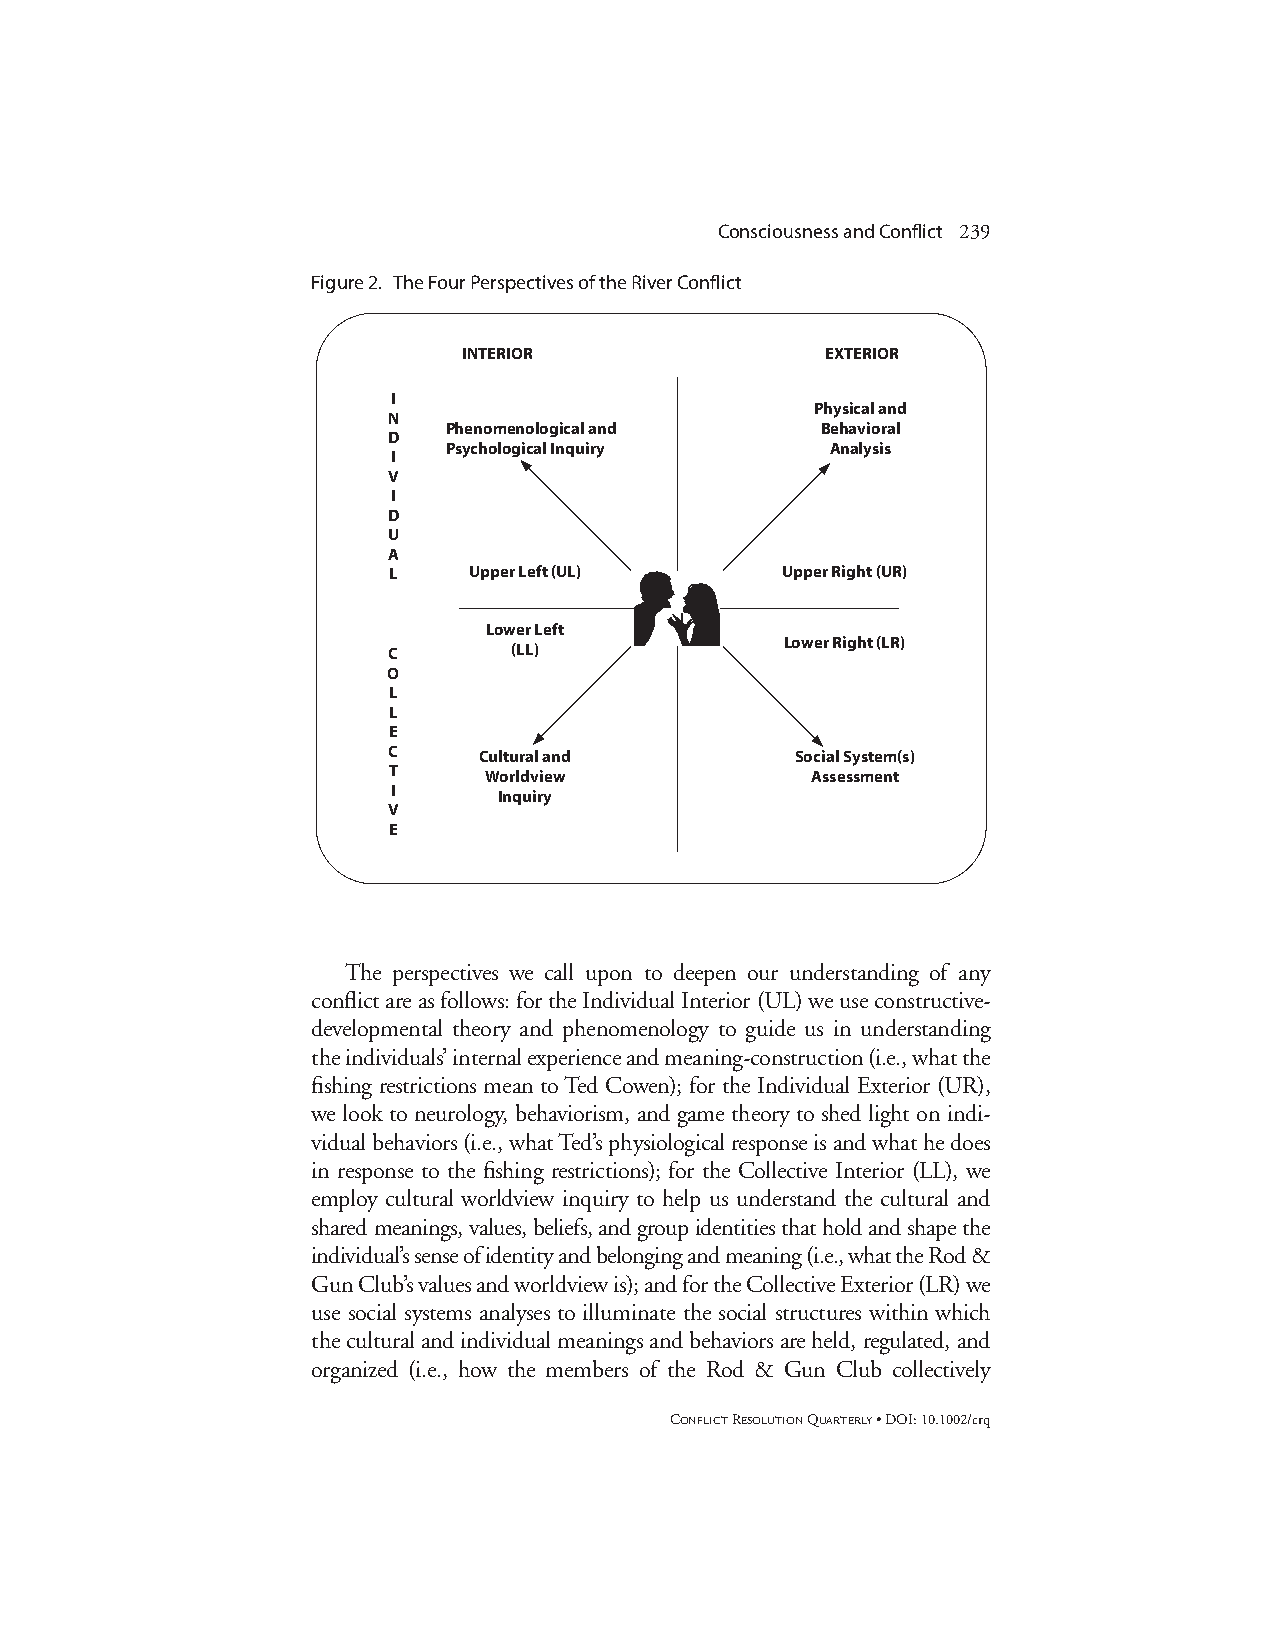
Consciousness and Conflict 239
 Figure 2. The Four Perspectives of the River Conflict
 INTERIOR                EXTERIOR
 I
 Physical and
 N
 Phenomenological and    Behavioral
 D
 Psychological Inquiry    Analysis
 I
 V
 I
 D
 U
 A
 L    Upper Left (UL)      Upper Right (UR)
 Lower Left
 C       (LL)              Lower Right (LR)
 O
 L
 L
 E
 C     Cultural and         Social System(s)
 T     Worldview             Assessment
 I
 Inquiry
 V
 E
 The perspectives we call upon to deepen our understanding of any
 conflict are as follows: for the Individual Interior (UL) we use constructive-
 developmental theory and phenomenology to guide us in understanding
 the individuals’ internal experience and meaning-construction (i.e., what the
 fishing restrictions mean to Ted Cowen); for the Individual Exterior (UR),
 we look to neurology, behaviorism, and game theory to shed light on indi-
 vidual behaviors (i.e., what Ted’s physiological response is and what he does
 in response to the fishing restrictions); for the Collective Interior (LL), we
 employ cultural worldview inquiry to help us understand the cultural and
 shared meanings, values, beliefs, and group identities that hold and shape the
 individual’s sense of identity and belonging and meaning (i.e., what the Rod &
 Gun Club’s values and worldview is); and for the Collective Exterior (LR) we
 use social systems analyses to illuminate the social structures within which
 the cultural and individual meanings and behaviors are held, regulated, and
 organized (i.e., how the members of the Rod & Gun Club collectively
 CONFLICTRESOLUTIONQUARTERLY• DOI: 10.1002/crq